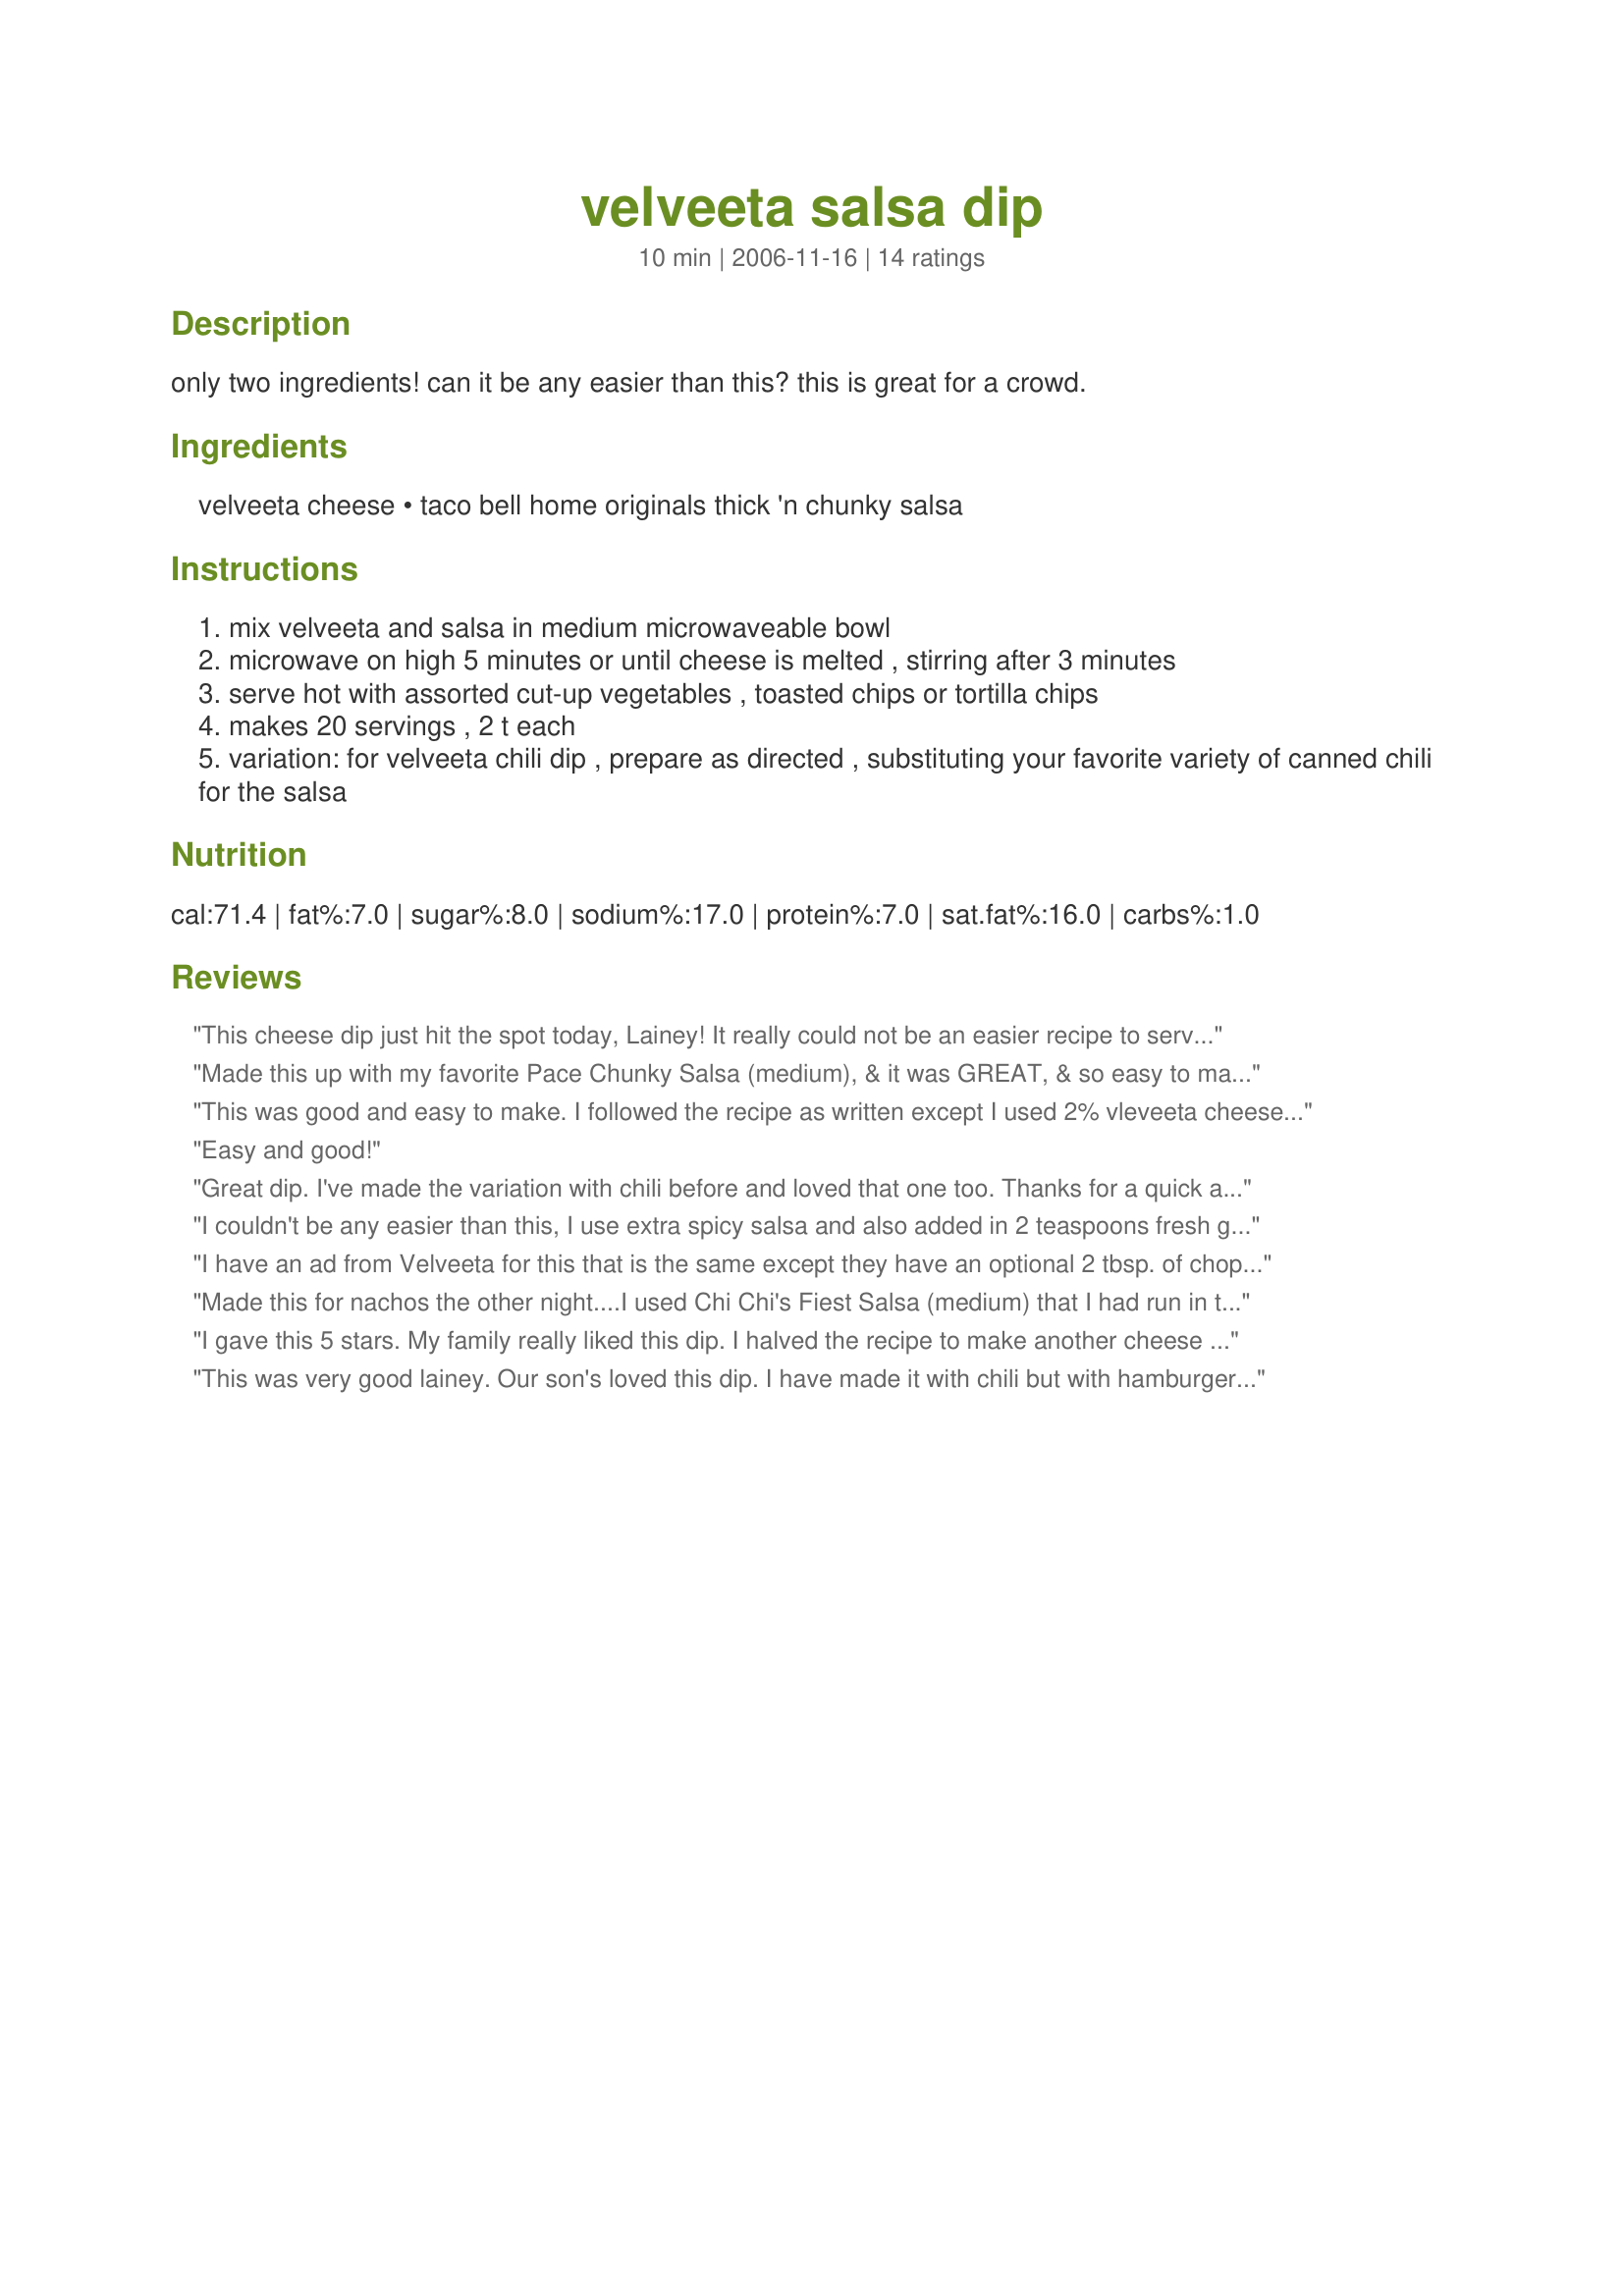
velveeta salsa dip
Preparation time: 10 minutes

only two ingredients! can it be any easier than this? this is great for a crowd.

Ingredients:
velveeta cheese, taco bell home originals thick 'n chunky salsa

Steps:
mix velveeta and salsa in medium microwaveable bowl
microwave on high 5 minutes or until cheese is melted , stirring after 3 minutes
serve hot with assorted cut-up vegetables , toasted chips or tortilla chips
makes 20 servings , 2 t each
variation: for velveeta chili dip , prepare as directed , substituting your favorite variety of canned chili for the salsa

Reviews:
This cheese dip just hit the spot today, Lainey! It really could not be an easier recipe to serve spare of the moment! I made with the chunky salsa and served with Tortilla chips, next time I will try it with the chili! Thanks so much, Lainey!
Made this up with my favorite Pace Chunky Salsa (medium), & it was GREAT, & so easy to make! Next time around (& there will be a next time) I want to try it with my own Hawaiian Chicken Chili! [Tagged, made & reviewed in Zaar Stars Recipe Tag Game]
This was good and easy to make. I followed the recipe as written except I used 2% vleveeta cheese. We used frito scoops to dip. Yum!
Easy and good!
Great dip. I've made the variation with chili before and loved that one too. Thanks for a quick and delicious dip Lainey.
I couldn't be any easier than this, I use extra spicy salsa and also added in 2 teaspoons fresh garlic, my DH enjoyed this over the weekend, thanks for sharing Lainey!
I have an ad from Velveeta for this that is the same except they have an optional 2 tbsp. of chopped cilantro stirred in. Yield is 3 cups. Can't wait to try this!
Made this for nachos the other night....I used Chi Chi's Fiest Salsa (medium) that I had run in the blender to remove the "chunks" my daughter whines about. After microwaving I added about 1 cup of sharp cheddar to the dip and stirred till melted...it added a nice texture to it. This is absolutely fabulous and we will make it again and again!
I gave this 5 stars. My family really liked this dip. I halved the recipe to make another cheese dip and it still made plenty for my family of 4 to have with our chicken wings and pizza. We still have plenty more for snacking tomorrow after dinner. Thanks for posting such a yummy recipe! Thanks chrstine (internetnut)
This was very good lainey. Our son's loved this dip. I have made it with chili but with hamburger and it's wonderful..Thank you for a great dip that is easy to make!!
:)
I love making this. It's easy and delicious. You can use any kind of salsa you choose. I pick medium salsa in the chip aisle. Great with the scoop shaped chips. Yum!
Mmmm, creamy cheesy dip! I reduced it to serve 5 (4oz cheese) and served with baked chips. I loved that it could be done in a flash using the microwave. I also used the 2% velveeta cheese.
This recipe was easily halved so that my family and I could have a little snack this evening. I love how easy it was to make! This is so much quicker than the "traditional" method of putting the Velveeta in the crock pot with a can of Rotel--and tastes just as good! Thanks, Lainey! I will be making this again.
Quick, easy and good. Thanks for posting!!!!!
